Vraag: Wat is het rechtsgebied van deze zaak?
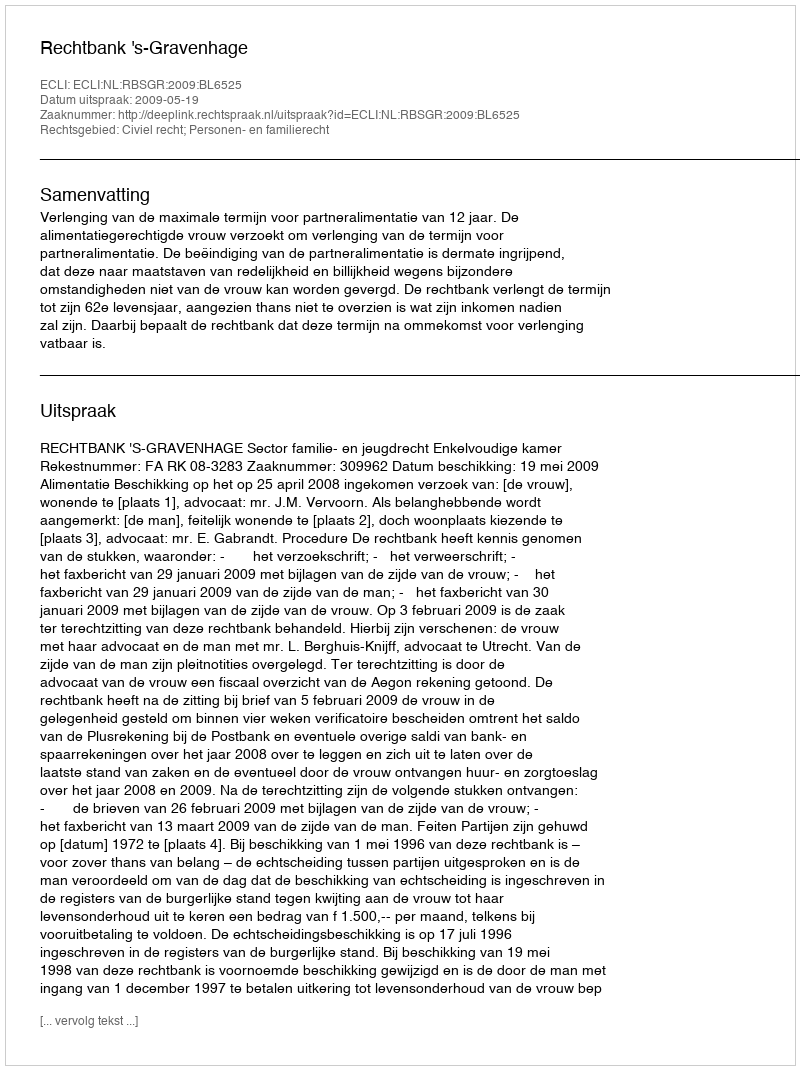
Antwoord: Civiel recht; Personen- en familierecht